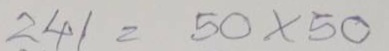
241 = 50 x 50